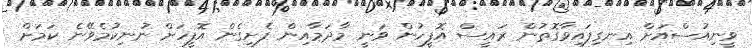
ވީނިއުސްއަށް އިނގިފައިވާގޮތުން ރައީސް އޮފީހުން ވަނީ މާދަމާއިން ފެށިގެން އޮފީހަށް ނުނިކުމެވޭނެ ކަމަށް